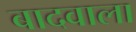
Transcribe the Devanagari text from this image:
बादवाला